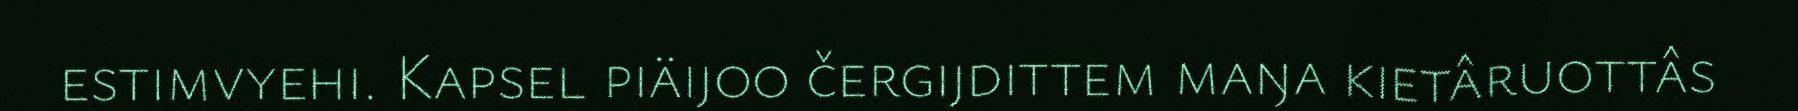
estimvyehi. Kapsel piäijoo čergijdittem maŋa kietâruottâs